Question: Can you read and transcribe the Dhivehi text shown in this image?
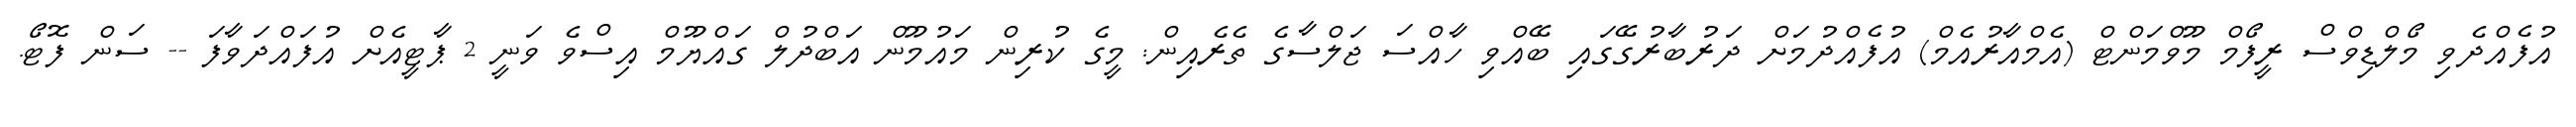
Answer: އުފެއްދެވި މޯލްޑިވްސް ރީފޯމް މޫވްމަންޓް (އެމްއާރުއެމް) އުފެއްދުމަށް ދަރުބާރުގޭގައި ބޭއްވި ހާއްސަ ޖަލްސާގެ ތެރެއިން: މީގެ ކުރިން މައުމޫން އަބްދުލް ގައްޔޫމް އިސްވެ ވަނީ 2 ޕާޓީއެށް އުފައްދަވާފަ -- ސަން ފޮޓޯ.